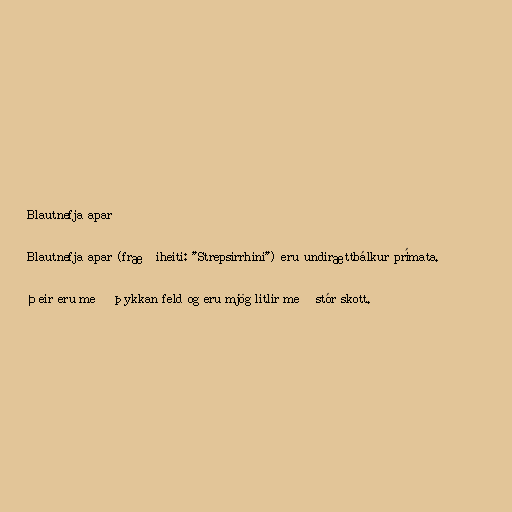
Blautnefja apar

Blautnefja apar (fræðiheiti: "Strepsirrhini") eru undirættbálkur prímata.

Þeir eru með þykkan feld og eru mjög litlir með stór skott.